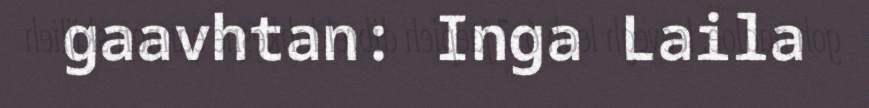
gaavhtan: Inga Laila